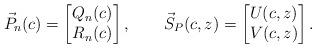
LaTeX: \begin{gather*}\vec{P}_{n}(c) =\left[\begin{matrix}Q_{n}(c) \\R_{n}(c)\end{matrix}\right] ,\qquad\vec{S}_{P}(c,z) =\left[\begin{matrix}U(c,z)\\V(c,z)\end{matrix}\right] .\end{gather*}